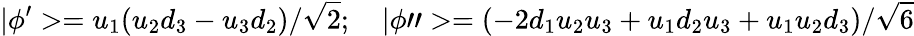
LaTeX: |\phi^{\prime}>=u_{1}(u_{2}d_{3}-u_{3}d_{2})/{\sqrt 2};\quad|\phi">=(-2d_{1}u_{2}u_{3}+u_{1}d_{2}u_{3}+u_{1}u_{2}d_{3})/{\sqrt 6}